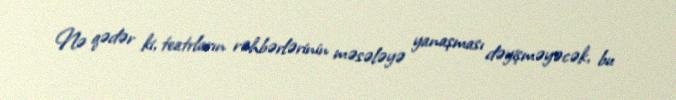
Nə qədər ki, teatrların rəhbərlərinin məsələyə yanaşması dəyişməyəcək, bu